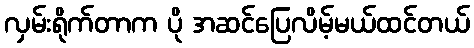
လှမ်းရိုက်တာက ပို အဆင်ပြေလိမ့်မယ်ထင်တယ်